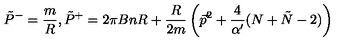
\tilde { P } ^ { - } = \frac { m } { R } , \tilde { P } ^ { + } = 2 \pi B n R + \frac { R } { 2 m } \left( \vec { p } ^ { 2 } + \frac { 4 } { \alpha ^ { \prime } } ( N + \tilde { N } - 2 ) \right)